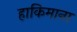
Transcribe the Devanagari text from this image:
हाकिमाना